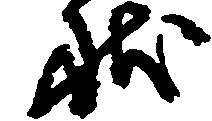
状